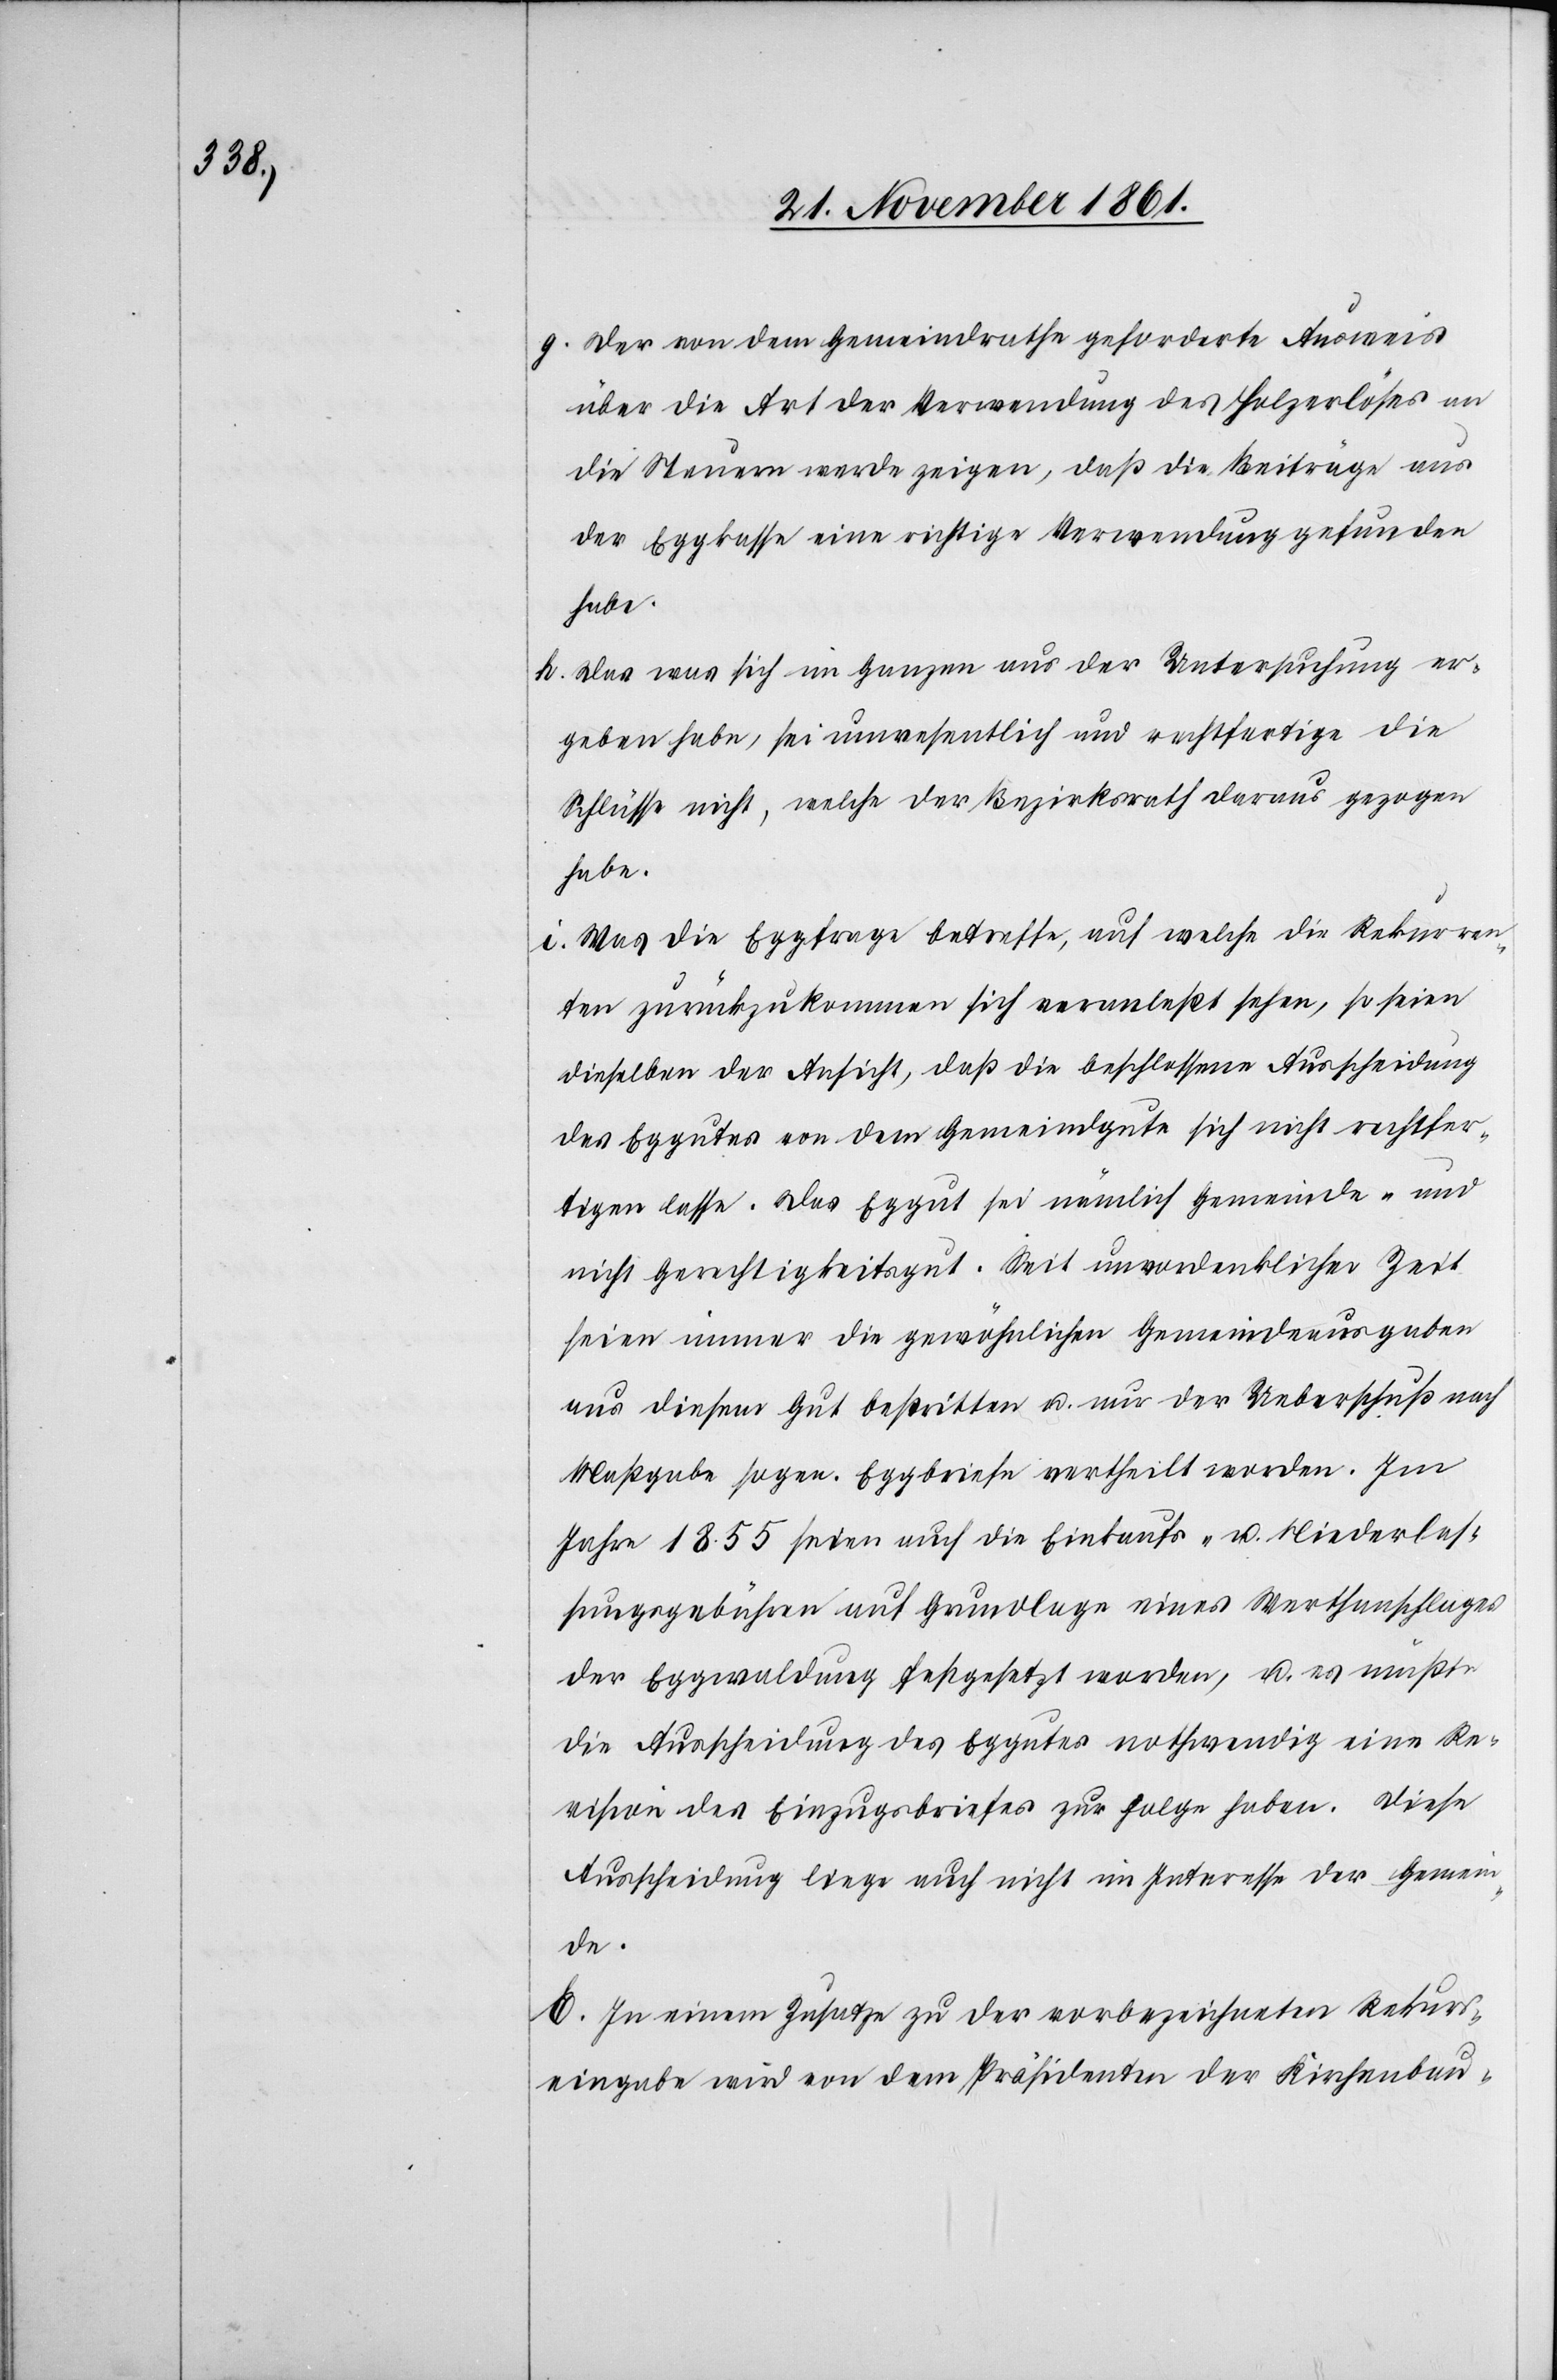
g. Der an dem Gemeindrathe geforderte Ausweis
über die Art der Verwendung des Holzerlöses an
die Steuern werde zeigen, daß die Beiträge aus
der Eggkasse eine richtige Verwendung gefunden
habe.
h. Das was sich im Ganzen aus der Untersuchung er¬
geben habe, sei unwesentlich und rechtfertige die
Schlüsse nicht, welche der Bezirksrath daraus gezogen
habe.
i. Was die Eggfrage betreffe, auf welche die Rekurren¬
ten zurückgekommen sich veranlaßt sehen, so seien
dieselben der Ansicht, daß die beschlossene Ausscheidung
des Eggutes von dem Gemeindgute sich nicht rechtfer¬
tigen lasse. Das Eggut sei nämlich Gemeinde- und
nicht Gerechtigkeitsgut. Seit unvordenklicher Zeit
seien immer die gewöhnlichen Gemeindsausgaben
aus diesem Gut bestritten u. nur der Ueberschuß nach
Maßgabe sogen. Eggbriefe vertheilt worden. Im
Jahre 1855 seien auf die Einkaufs- u. Niederlas¬
sungsgebühren auf Grundlage eines Werthanschlages
der Eggwaldung festgesetzt worden, u. es müßte
die Ausscheidung des Eggutes nothwendig eine Re¬
vision des Einzugsbriefes zur Folge haben. Diese
Ausscheidung liege noch nicht im Interesse der Gemein¬
de.
E. In einem Zusatze zu der vorbezeichneten Rekurs¬
eingabe wird von dem Präsidenten der Kirchenbau-